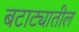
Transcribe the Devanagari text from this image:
बटाट्यातील